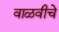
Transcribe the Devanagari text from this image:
वाळवीचे